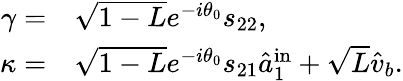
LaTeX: \begin{array}{rl}{\gamma=}&{{}\sqrt{1-L}e^{-i\theta_{0}}s_{22},}\\ {\kappa=}&{{}\sqrt{1-L}e^{-i\theta_{0}}s_{21}\hat{a}_{1}^{\mathrm{{in}}}+\sqrt{L}\hat{v}_{b}.}\end{array}